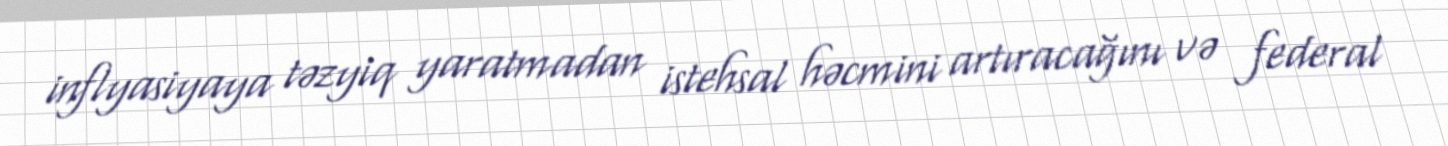
inflyasiyaya təzyiq yaratmadan istehsal həcmini artıracağını və federal